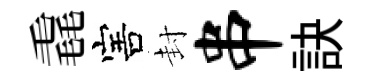
毳害封串訣